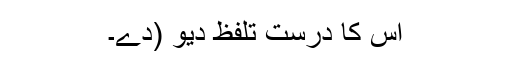
اس کا درست تلفظ دیْوْ (دے۔